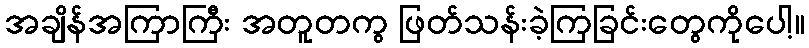
အချိန်အကြာကြီး အတူတကွ ဖြတ်သန်းခဲ့ကြခြင်းတွေကိုပေါ့။